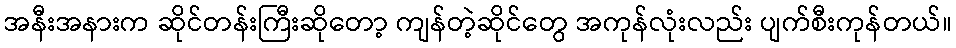
အနီးအနားက ဆိုင်တန်းကြီးဆိုတော့ ကျန်တဲ့ဆိုင်တွေ အကုန်လုံးလည်း ပျက်စီးကုန်တယ်။